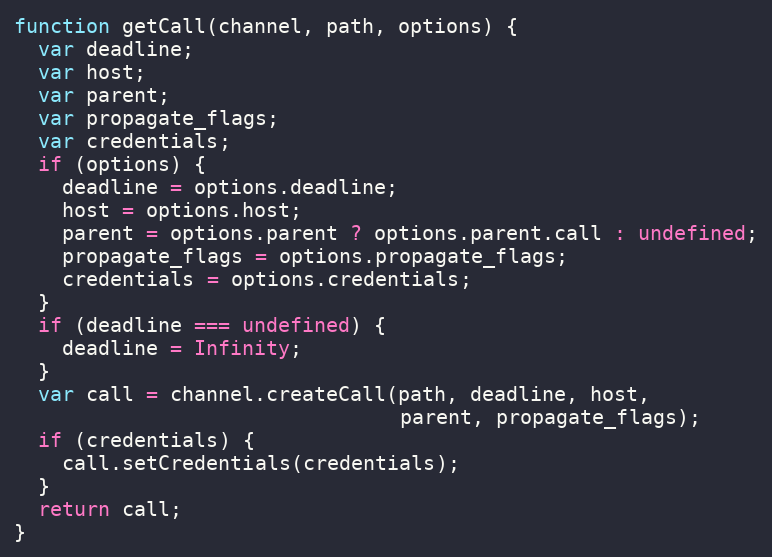
Language: JavaScript
function getCall(channel, path, options) {
  var deadline;
  var host;
  var parent;
  var propagate_flags;
  var credentials;
  if (options) {
    deadline = options.deadline;
    host = options.host;
    parent = options.parent ? options.parent.call : undefined;
    propagate_flags = options.propagate_flags;
    credentials = options.credentials;
  }
  if (deadline === undefined) {
    deadline = Infinity;
  }
  var call = channel.createCall(path, deadline, host,
                                parent, propagate_flags);
  if (credentials) {
    call.setCredentials(credentials);
  }
  return call;
}